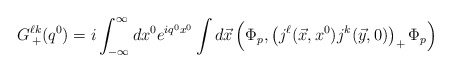
\begin{align*}G_{\,+}^{\ell k} (q^0) = i \int^\infty_{-\infty} dx^0 e^{iq^0 x^0} \int d\vec{x}\left( \Phi_p, \left( j^\ell (\vec{x}, x^0) j^k (\vec{y}, 0)\right)_+ \Phi_p \right)\end{align*}